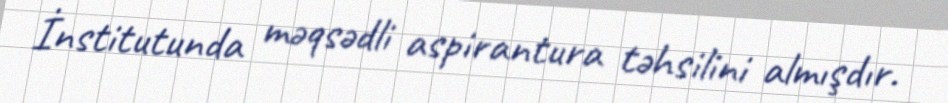
İnstitutunda məqsədli aspirantura təhsilini almışdır.